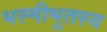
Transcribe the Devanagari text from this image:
भस्मीभूतस्य